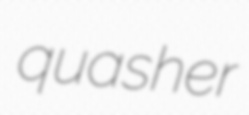
quasher